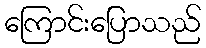
ကြောင်းပြောသည်